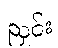
ညှင်း